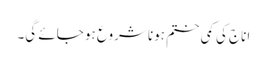
اناج کی کمی ختم ہونا شروع ہو جائے گی۔